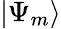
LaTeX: |\Psi_{m}\rangle